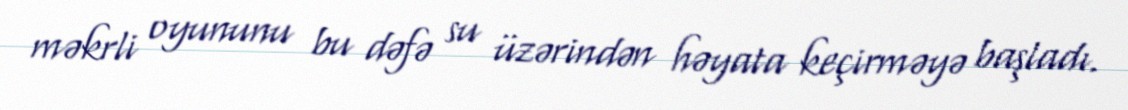
məkrli oyununu bu dəfə su üzərindən həyata keçirməyə başladı.